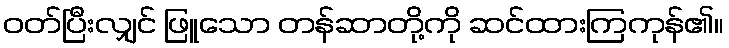
ဝတ်ပြီးလျှင် ဖြူသော တန်ဆာတို့ကို ဆင်ထားကြကုန်၏။